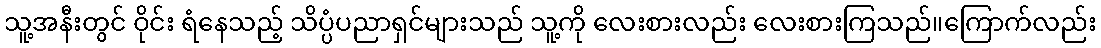
သူ့အနီးတွင် ဝိုင်း ရံနေသည့် သိပ္ပံပညာရှင်များသည် သူ့ကို လေးစားလည်း လေးစားကြသည်။ကြောက်လည်း